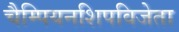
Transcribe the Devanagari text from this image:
चैम्पियनशिपविजेता